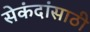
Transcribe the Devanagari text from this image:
सेकंदांसाठी